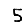
Digit: 5